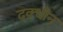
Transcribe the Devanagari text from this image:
दक्धीन